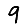
Digit: 9